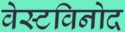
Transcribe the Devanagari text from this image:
वेस्टविनोद